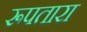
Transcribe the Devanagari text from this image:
रूपतारा